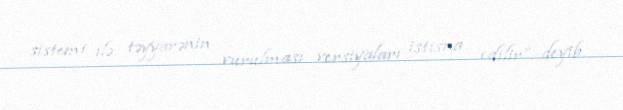
sistemi ilə təyyarənin vurulması versiyaları istisna edilir”,-deyib.